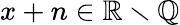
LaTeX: x+n\in\mathbb{R}\smallsetminus\mathbb{Q}